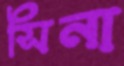
সিনা